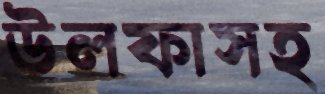
উলফাসহ